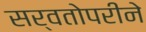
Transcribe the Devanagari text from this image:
सर्वतोपरीने